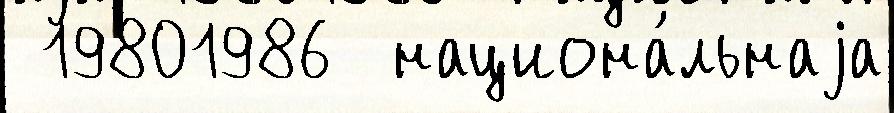
 19801986  национа́льнаjа